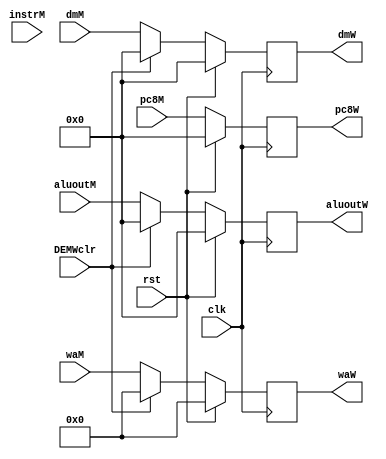
`timescale 1ns / 1ps
//////////////////////////////////////////////////////////////////////////////////
// Company: 
// Engineer: 
// 
// Design Name: 
// Module Name:    W 
// Project Name: 
// Target Devices: 
// Tool versions: 
// Description: 
//
// Dependencies: 
//
// Revision: 
// Revision 0.01 - File Created
// Additional Comments: 
//
//////////////////////////////////////////////////////////////////////////////////
module W(
	 input [31:0] pc8M,
	 input [31:0] dmM,
	 input [31:0] aluoutM,
    input [4:0] waM,
	 input [31:0] instrM,
    input clk,
    input rst,
	 input DEMWclr,
	 output[31:0] pc8W,
	 output[31:0] dmW,
	 output[31:0] aluoutW,
    output [4:0] waW
    );
	 reg [4:0] wa=0;
	 reg [31:0] instr = 0;
	 reg [31:0] pc8 = 0;
	 reg [31:0] aluout = 0;
	 reg [31:0] dm = 0;


	 assign waW = wa;
	 assign aluoutW = aluout;
	 assign pc8W = pc8;
	 assign dmW = dm;

	 always@(posedge clk)begin
		if(rst)begin
			pc8<=0;
			wa<= 0;
			instr<=0;
			aluout<=0;
			dm<=0;
		end
		else if(DEMWclr)begin
			pc8<=pc8M;
			wa<= 0;
			instr<=0;
			aluout<=0;
			dm<=0;
		end
		else begin
			pc8<= pc8M;
			wa<= waM;
			instr<= instrM;
			aluout<=aluoutM;
			dm<=dmM;
		end
	 end
	 
endmodule